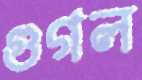
গুগল